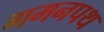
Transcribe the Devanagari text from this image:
गमनपथ